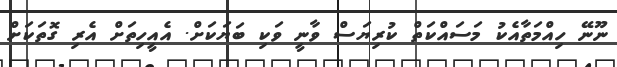
ނޫނޭ ހިއްމަތާއެކު މަސައްކަތް ކުރިޔަސް ވާނީ ވަކި ބަޔަކަށް. އެއީހިތަށް އެރި ގޮތަކަށް